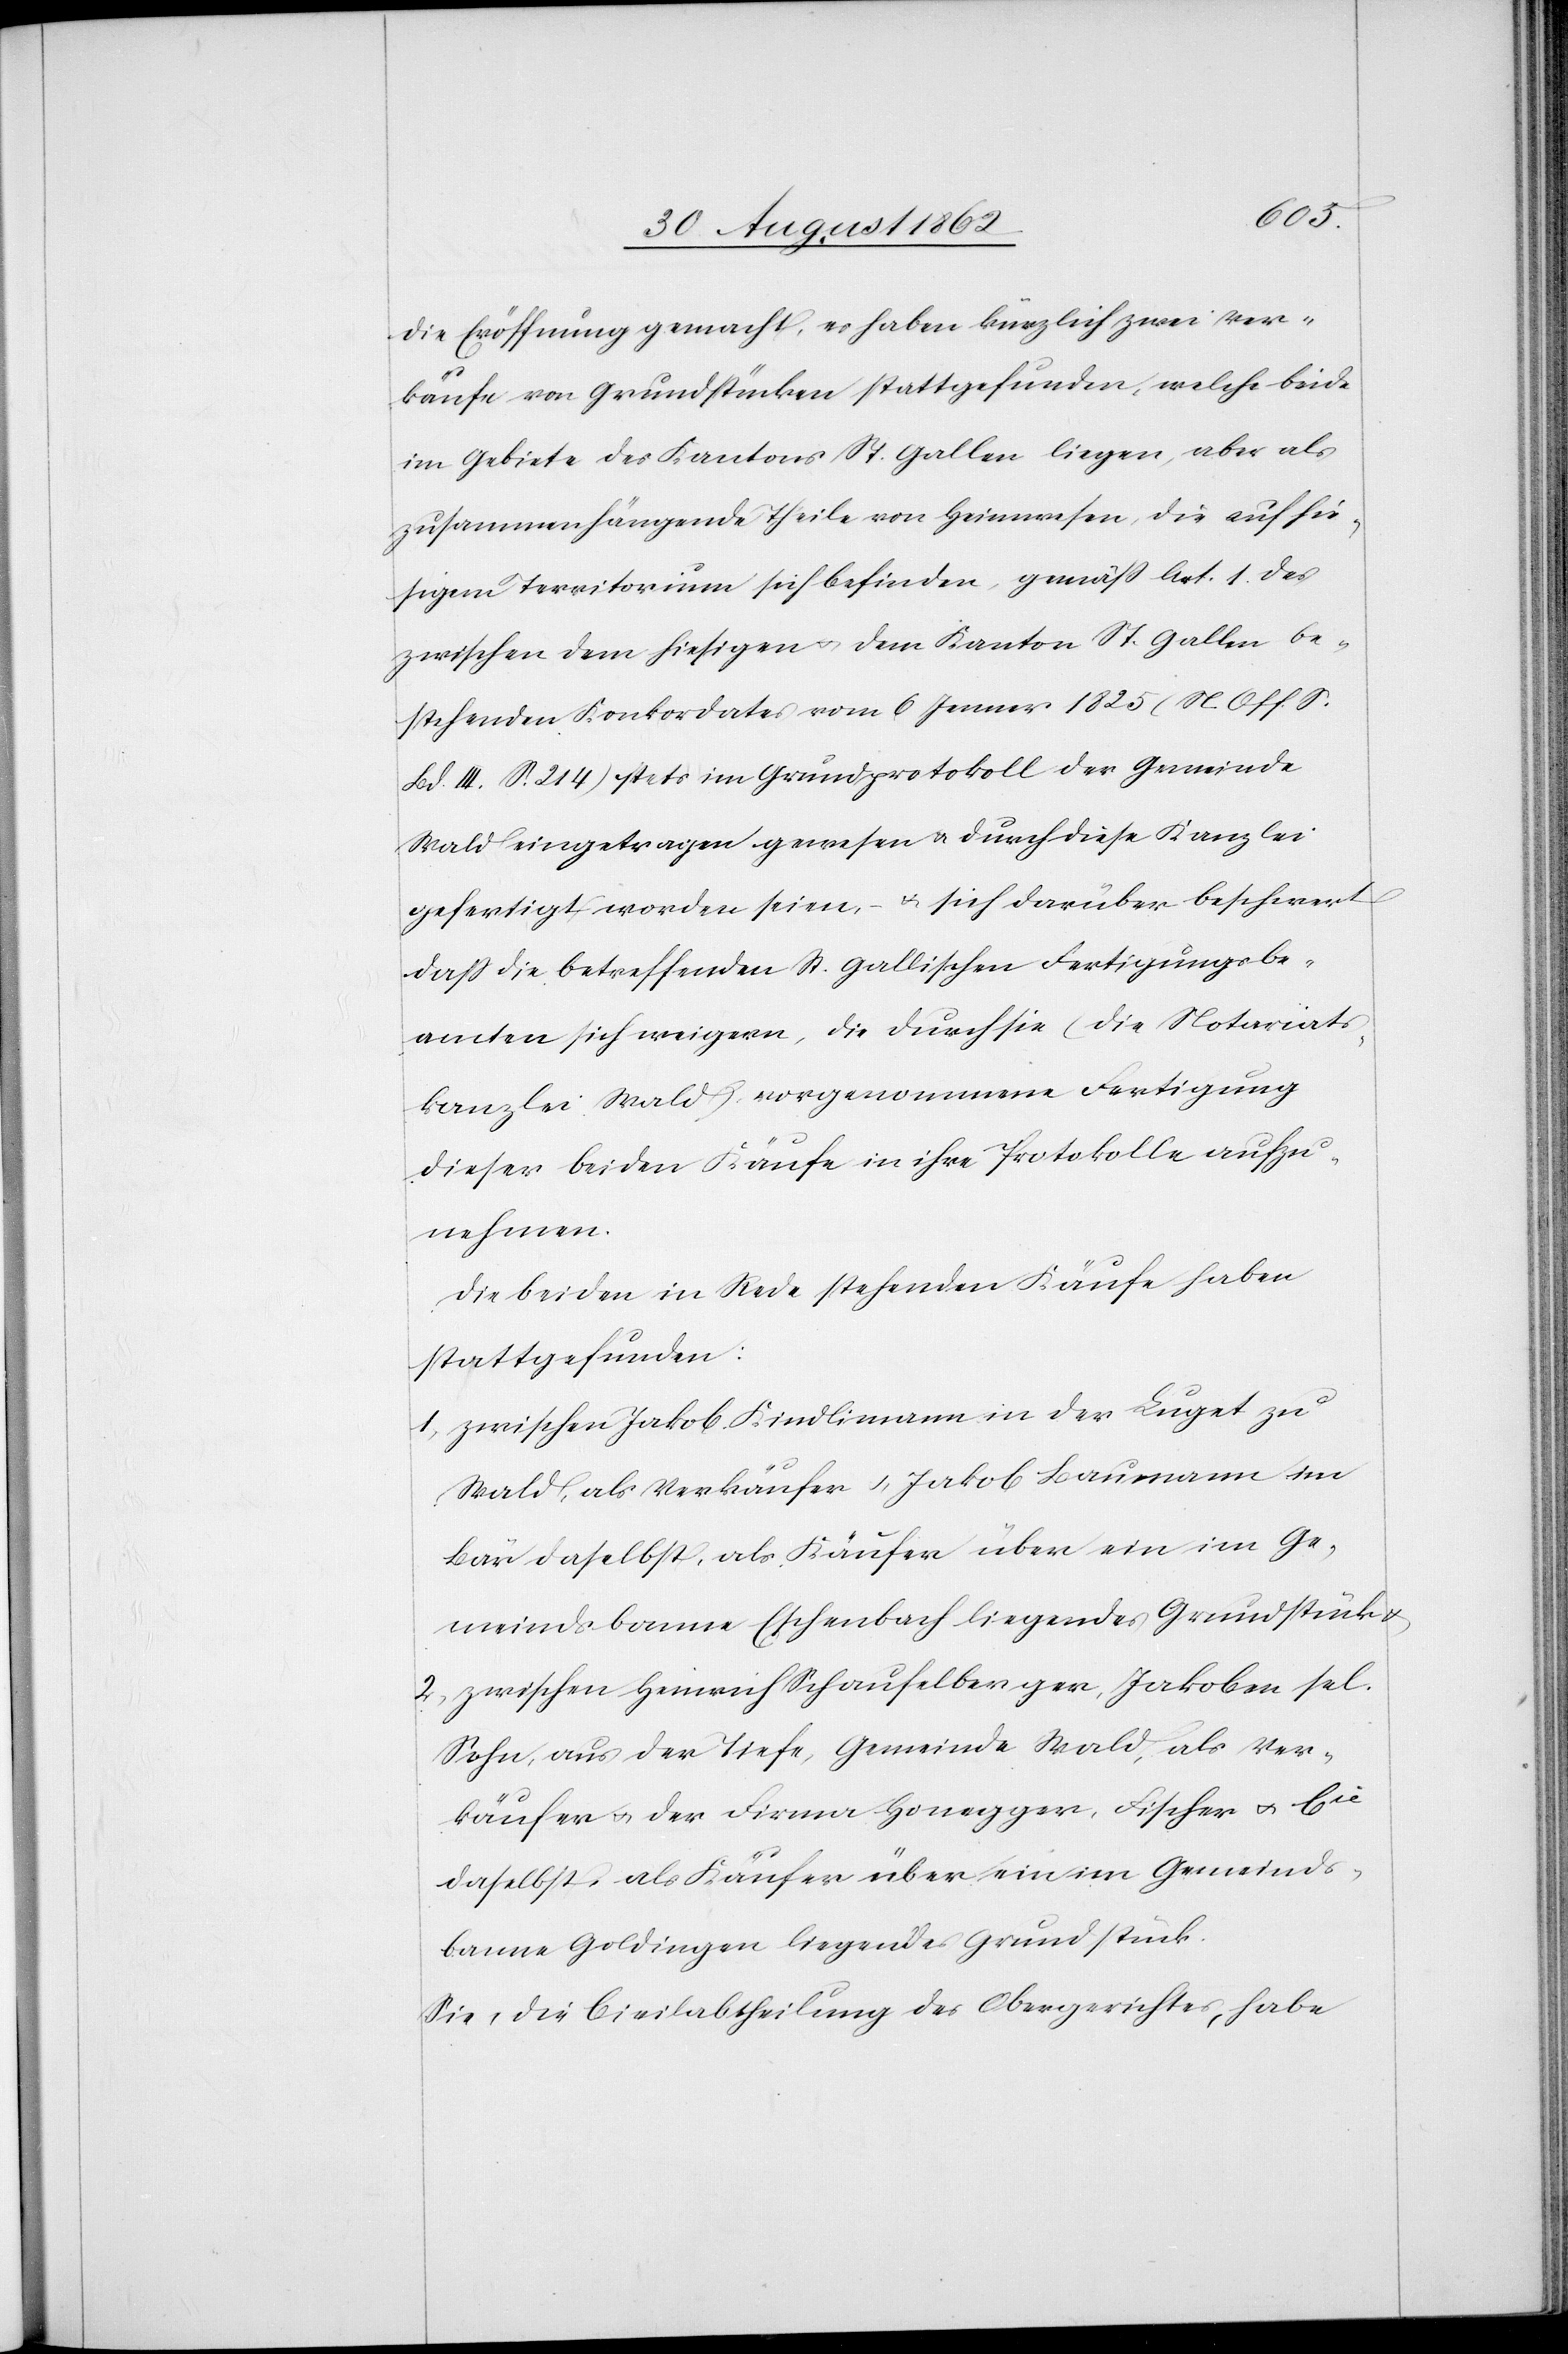
die Eröffnung gemacht, es haben kürzlich zwei Ver¬
käufe von Grundstücken stattgefunden, welche beide
im Gebiete des Kantons St. Gallen liegen, aber als
zusammenhängende Theile von Heimwesen, die auf hie¬
sigem Territorium sich befinden, gemäß Art. 1 des
zwischen dem hiesigen u. dem Kanton St. Gallen be¬
stehenden Konkordates vom 6. Jenner 1825 (N. Off. S.
Bd. III. S. 214) stets im Grundprotokoll der Gemeinde
Wald eingetragen gewesen u. durch diese Kanzlei
gefertigt worden seien, – u. sich darüber beschwert,
daß die betreffenden St. Gallischen Fertigungsbe¬
amten sich weigern, die durch die (die Notariats¬
kanzlei Wald) vorgenommene Fertigung
dieser beiden Käufe in ihre Protokolle aufzu¬
nehmen.
Die beiden in Rede stehenden Käufe haben
stattgefunden:
1) Zwischen Jakob Kindlimann in der Luget zu
Wald, als Verkäufer u. Jakob Baumann im
Bär daselbst, als Käufer über ein im Ge¬
meindsbanne Eschenbach liegendes Grundstück u.
2) zwischen Heinrich Schaufelberger, Jakoben sel.
Sohn, aus der Tiefe, Gemeinde Wald, als Ver¬
käufer u. der Firma Honegger, Fischer u. Cie
daselbst, als Käufer über ein im Gemeinds¬
banne Goldingen liegendes Grundstück.
Sie, die Civilabtheilung des Obergerichtes, habe